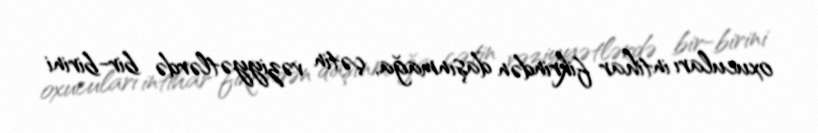
oxucuları intihar fikrindən daşınmağa, çətin vəziyyətlərdə bir-birini